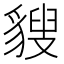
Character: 𧳶